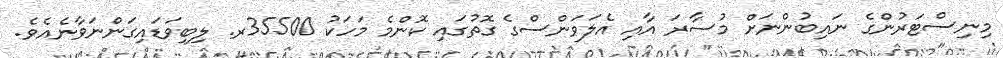
މިނިސްޓަރުންގެ ނައިބުންނަށް މުސާރަ އާއި އެލަވަންސްގެ ގޮތުގައި ކޮންމެ މަހަކު 35500ރ. ލިބިވަޑައިގަންނަވާނެއެވެ.